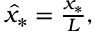
\begin{array} { r } { \hat { x } _ { * } = \frac { x _ { * } } { L } , } \end{array}